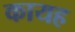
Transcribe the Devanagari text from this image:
कायह